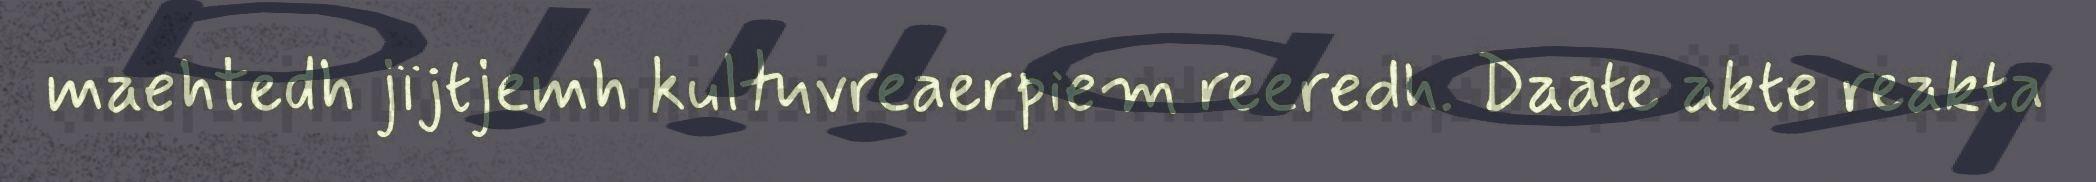
maehtedh jïjtjemh kultuvreaerpiem reeredh. Daate akte reakta